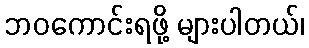
ဘဝကောင်းရဖို့ များပါတယ်၊